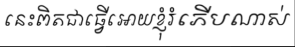
នេះពិតជាធ្វើអោយខ្ញុំរំភើបណាស់